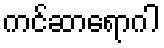
ကင်ဆာရောဂါ